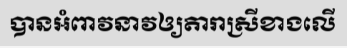
បានអំពាវនាវឲ្យតារាស្រីខាងលើ